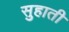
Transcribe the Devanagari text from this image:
सुहाती